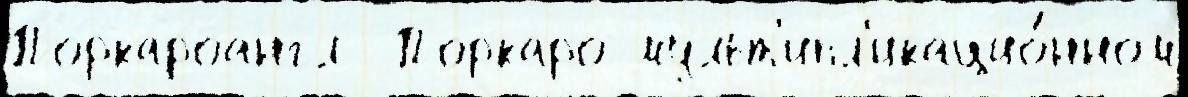
Поркароангл  Поркаро мульт'ипл'икацио́нном